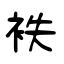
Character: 衭